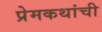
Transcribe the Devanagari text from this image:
प्रेमकथांची